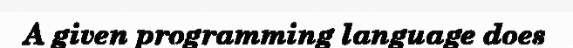
A given programming language does